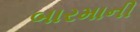
બારમાની